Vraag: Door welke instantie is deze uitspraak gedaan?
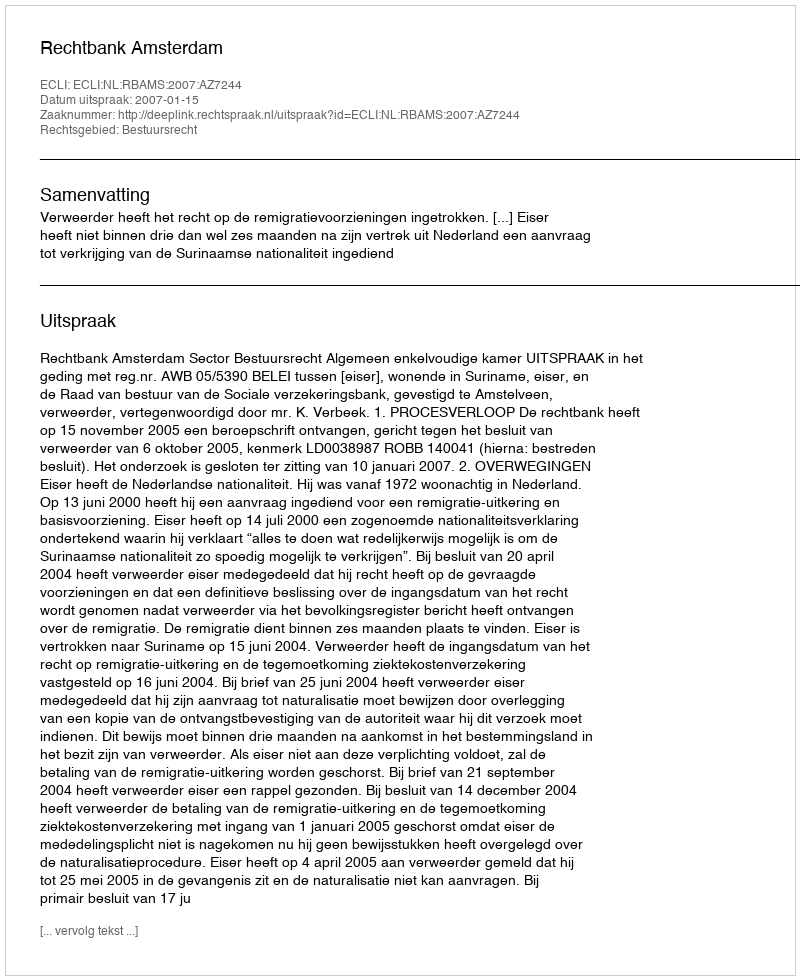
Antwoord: Rechtbank Amsterdam